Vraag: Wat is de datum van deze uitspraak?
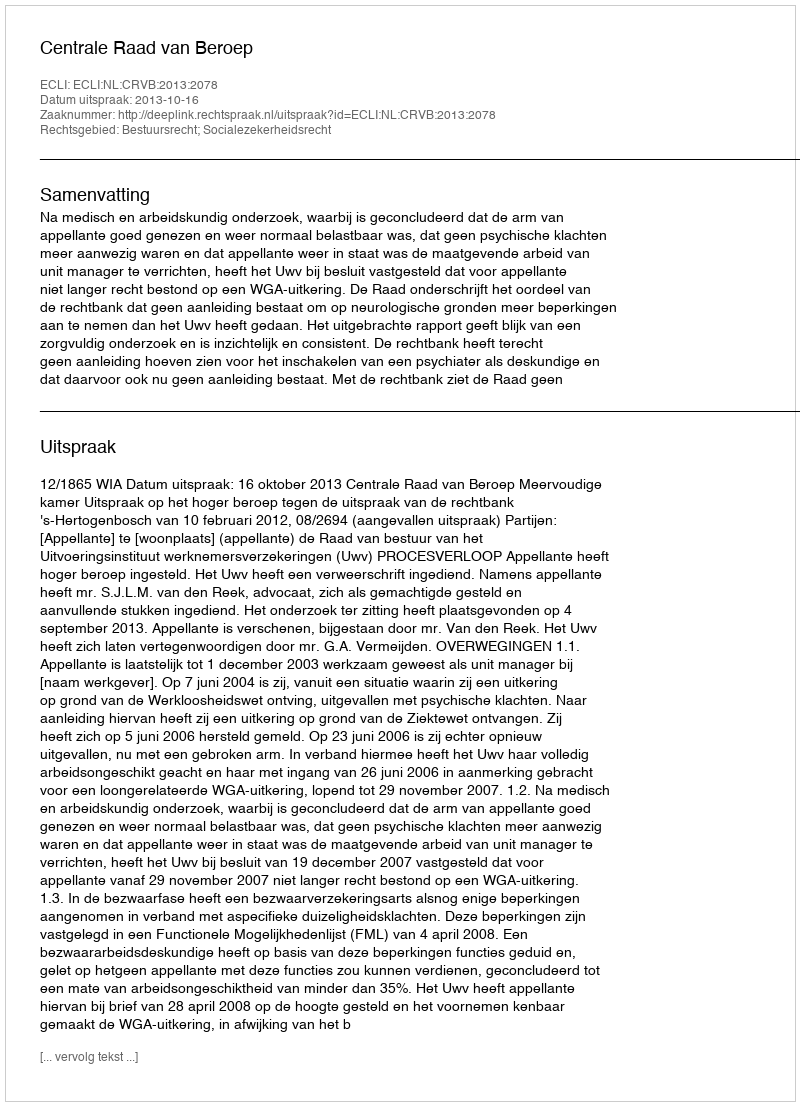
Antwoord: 2013-10-16